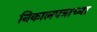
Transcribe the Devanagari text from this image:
निकालपत्राच्या